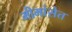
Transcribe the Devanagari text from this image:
मीमांसेत